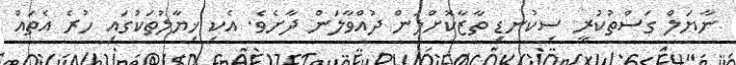
ނާޔަލް ގަސްތުކުރީ ސިކުނޑި ތާޒާކޮށްލަން ދުއްވާލަން ދާށެވެ. އެކި ޚިޔާލުތަކުގައި ހުރެ އެތައް